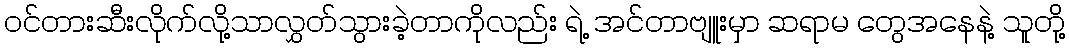
ဝင်တားဆီးလိုက်လို့သာလွှတ်သွားခဲ့တာကိုလည်း ရဲ့ အင်တာဗျူးမှာ ဆရာမ တွေအနေနဲ့ သူတို့